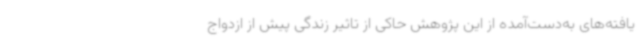
یافته‌های به‌دست‌آمده از این پژوهش حاکی از تاثیر زندگی پیش از ازدواج